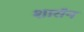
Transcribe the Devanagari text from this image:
शारॉन